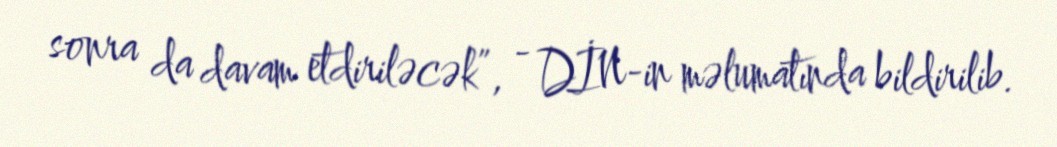
sonra da davam etdiriləcək”, - DİN-in məlumatında bildirilib.